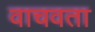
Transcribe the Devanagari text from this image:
वाचवता